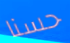
حسنا